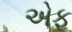
એફ